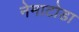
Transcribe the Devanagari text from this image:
नेमाटोडा